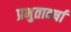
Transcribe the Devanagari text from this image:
प्रभुतावर्षा